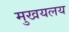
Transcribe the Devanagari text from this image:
मुखयलय